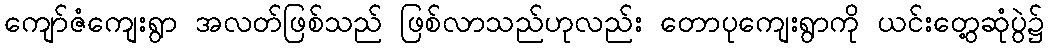
ကျော်ဇံကျေးရွာ အလတ်ဖြစ်သည် ဖြစ်လာသည်ဟုလည်း တောပုကျေးရွာကို ယင်းတွေ့ဆုံပွဲ၌